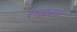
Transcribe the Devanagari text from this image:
रंगप्रदत्त